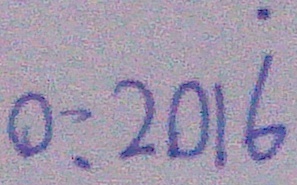
0 = 2 0 1 \dot { 6 }